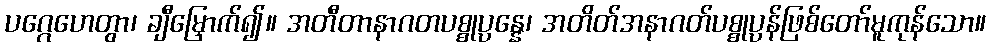
ပဂ္ဂေဟေတွာ၊ ချီမြှောက်၍။ အတီတာနာဂတပစ္စုပ္ပန္နေ၊ အတိတ်အနာဂတ်ပစ္စုပ္ပန်ဖြစ်တော်မူကုန်သော။